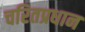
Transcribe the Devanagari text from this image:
चरितप्रधान